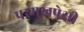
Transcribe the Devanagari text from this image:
परमुखपेक्षी